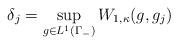
LaTeX: \begin{align*}\delta_j= \sup_{g\in L^1(\Gamma_-)} W_{1,\kappa}(g,g_j)\end{align*}